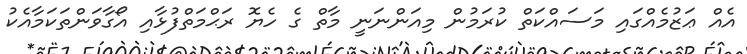
އެއް ޢަޒުމެއްގައި މަސައްކަތް ކުރަމުން މިއަންނަނީ މާތް ގެ ހެޔޮ ރަޙްމަތްފުޅާއި އޯގާވަންތަކަމާއެކު